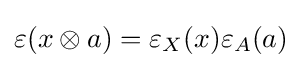
\varepsilon (x\otimes a)=\varepsilon _{X}(x)\varepsilon _{A}(a)